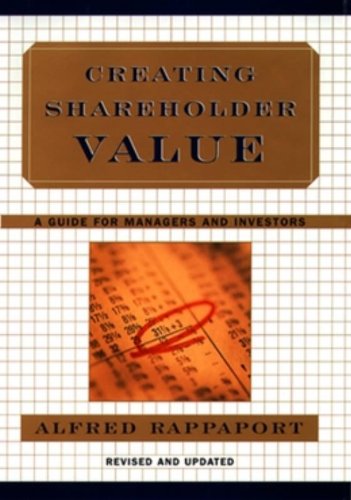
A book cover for Creating Shareholder Value: A Guide for Managers and Investors; Alfred Rappaport; Business & Money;